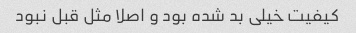
کیفیت خیلی بد شده بود و اصلا مثل قبل نبود